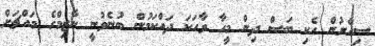
ސިއްރުން ހެކި ބަސް ދިން މީހާ ވާހަކަ ދައްކަމުން ބުނެވުނީ ނާޒިމްގެ މައްޗަށް